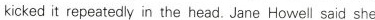
kicked it rpeaiedly in the head. Jane Ho well said she